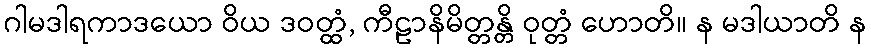
ဂါမဒါရကာဒယော ဝိယ ဒဝတ္ထံ, ကီဠာနိမိတ္တန္တိ ဝုတ္တံ ဟောတိ။ န မဒါယာတိ န